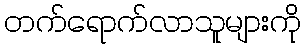
တက်ရောက်လာသူများကို